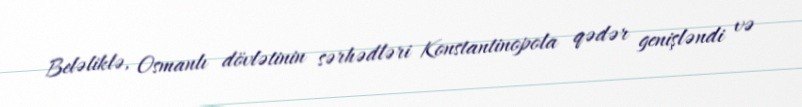
Beləliklə, Osmanlı dövlətinin sərhədləri Konstantinopola qədər genişləndi və